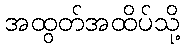
အထွတ်အထိပ်သို့